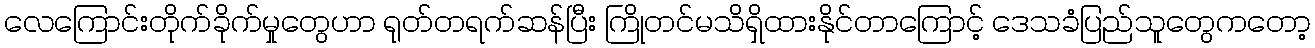
လေကြောင်းတိုက်ခိုက်မှုတွေဟာ ရုတ်တရက်ဆန်ပြီး ကြိုတင်မသိရှိထားနိုင်တာကြောင့် ဒေသခံပြည်သူတွေကတော့